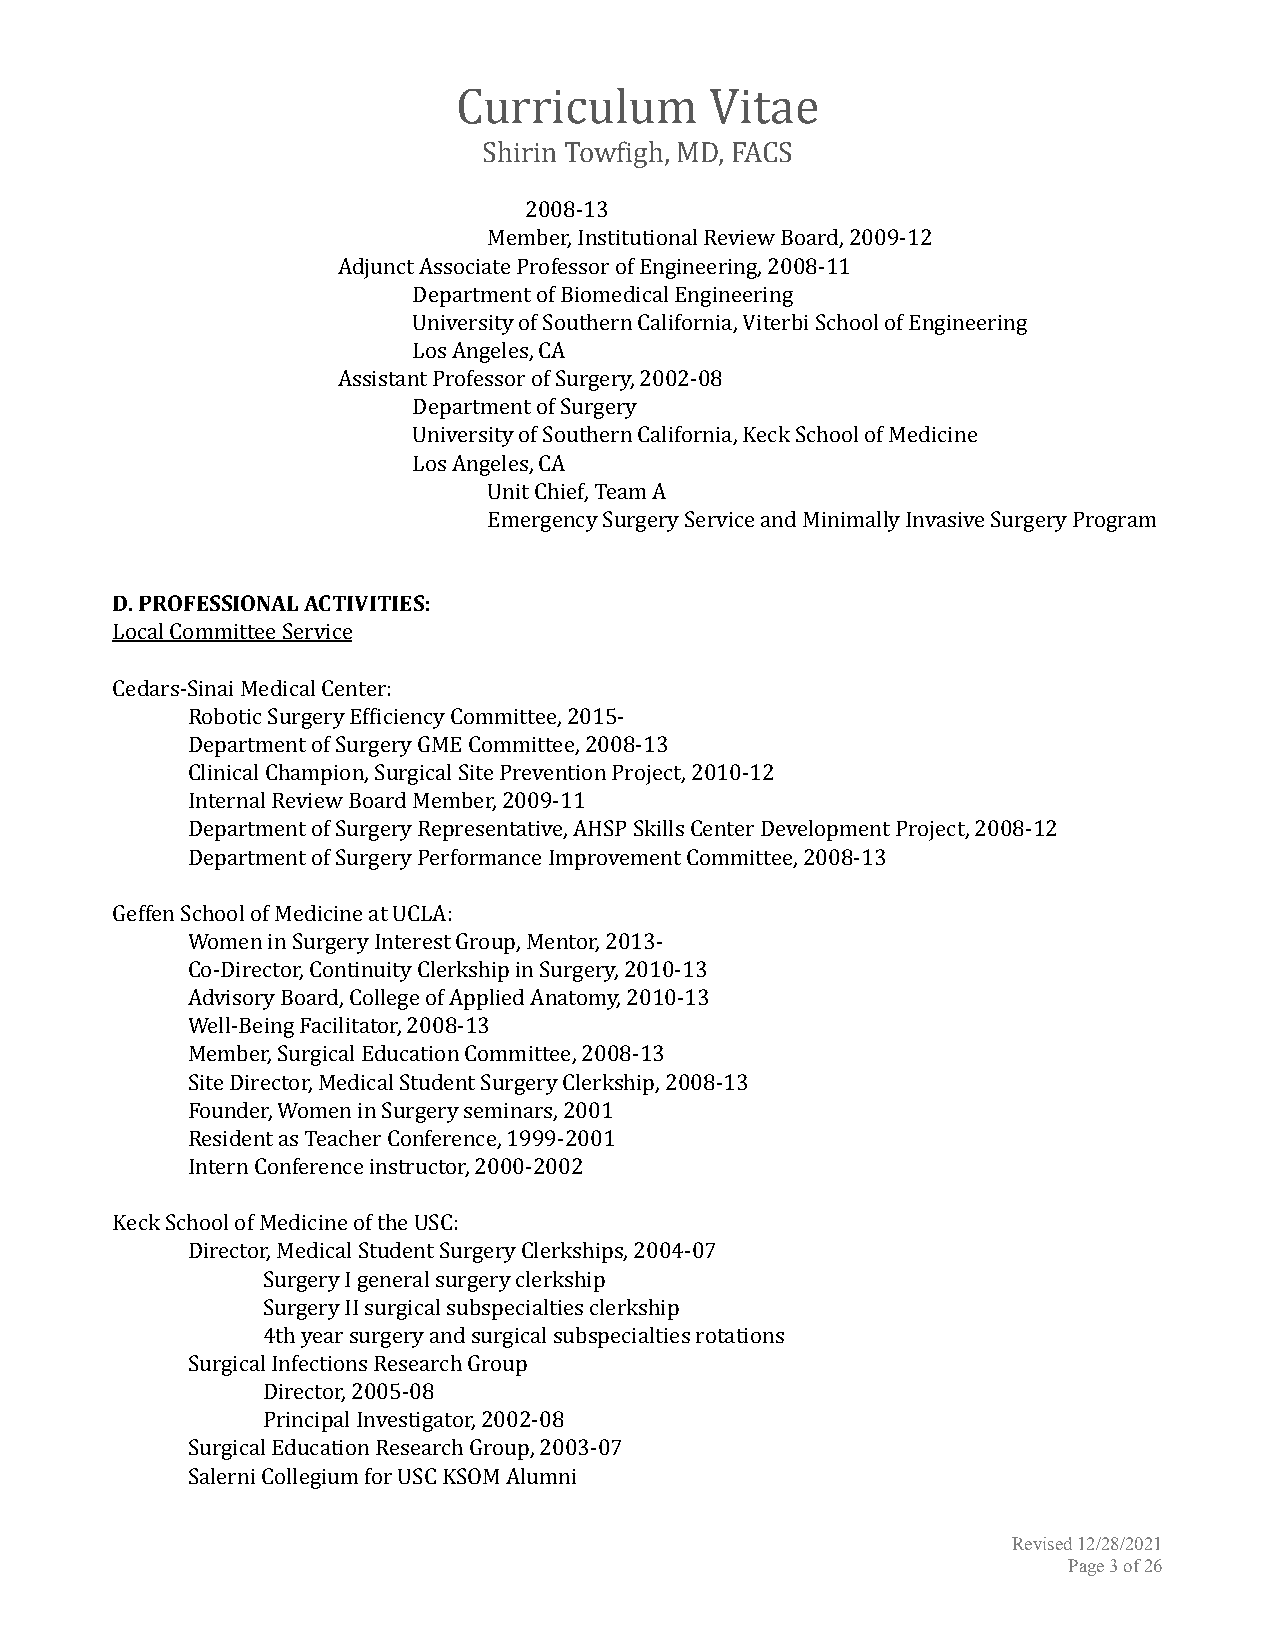
Curriculum       Vitae
 Shirin Towfigh, MD, FACS
 2008-13
 Member, Institutional Review Board, 2009-12
 Adjunct Associate Professor of Engineering, 2008-11
 Department of Biomedical Engineering
 University of Southern California, Viterbi School of Engineering
 Los Angeles, CA
 Assistant Professor of Surgery, 2002-08
 Department of Surgery
 University of Southern California, Keck School of Medicine
 Los Angeles, CA
 Unit Chief, Team A
 Emergency Surgery Service and Minimally Invasive Surgery Program
 D. PROFESSIONAL ACTIVITIES:
 Local Committee Service
 Cedars-Sinai Medical Center:
 Robotic Surgery Efficiency Committee, 2015-
 Department of Surgery GME Committee, 2008-13
 Clinical Champion, Surgical Site Prevention Project, 2010-12
 Internal Review Board Member, 2009-11
 Department of Surgery Representative, AHSP Skills Center Development Project, 2008-12
 Department of Surgery Performance Improvement Committee, 2008-13
 Geffen School of Medicine at UCLA:
 Women in Surgery Interest Group, Mentor, 2013-
 Co-Director, Continuity Clerkship in Surgery, 2010-13
 Advisory Board, College of Applied Anatomy, 2010-13
 Well-Being Facilitator, 2008-13
 Member, Surgical Education Committee, 2008-13
 Site Director, Medical Student Surgery Clerkship, 2008-13
 Founder, Women in Surgery seminars, 2001
 Resident as Teacher Conference, 1999-2001
 Intern Conference instructor, 2000-2002
 Keck School of Medicine of the USC:
 Director, Medical Student Surgery Clerkships, 2004-07
 Surgery I general surgery clerkship
 Surgery II surgical subspecialties clerkship
 4th year surgery and surgical subspecialties rotations
 Surgical Infections Research Group
 Director, 2005-08
 Principal Investigator, 2002-08
 Surgical Education Research Group, 2003-07
 Salerni Collegium for USC KSOM Alumni
 Revised 12/28/2021
 Page3of26